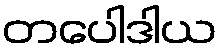
တပေါဒါယ